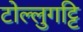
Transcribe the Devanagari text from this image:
टोल्लुगट्टि